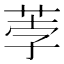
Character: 荸